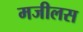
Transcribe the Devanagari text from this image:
मजीलस